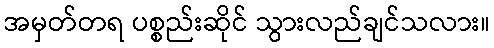
အမှတ်တရ ပစ္စည်းဆိုင် သွားလည်ချင်သလား။